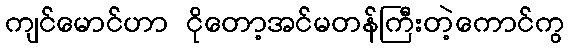
ကျင်မောင်ဟာ ငိုတော့အင်မတန်ကြီးတဲ့ကောင်ကွ